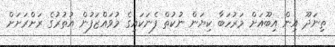
ތިނަދޫ އިން އިބޫއަށް މަރުހަބާ ކިޔަން ނުކުތް ފެނަކައިގެ މުވައްޒަފުން އުތުރުގެ ރަށްރަށަށް